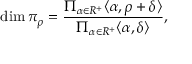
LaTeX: \dim \pi _ { \rho } = { \frac { \Pi _ { \alpha \in R ^ { + } } \langle \alpha , \rho + \delta \rangle } { \Pi _ { \alpha \in R ^ { + } } \langle \alpha , \delta \rangle } } ,